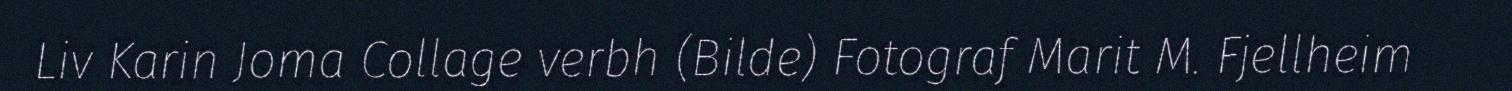
Liv Karin Joma Collage verbh (Bilde) Fotograf Marit M. Fjellheim